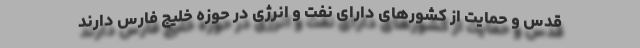
قدس و حمایت از کشور‌های دارای نفت و انرژی در حوزه خلیج فارس دارند